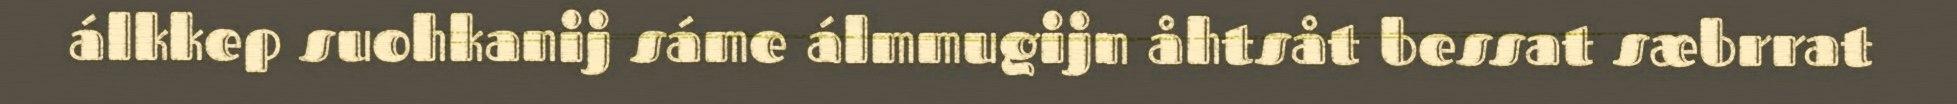
álkkep suohkanij sáme álmmugijn åhtsåt bessat sæbrrat